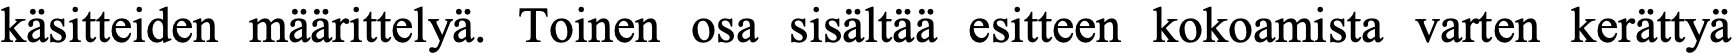
käsitteiden määrittelyä. Toinen osa sisältää esitteen kokoamista varten kerättyä